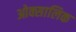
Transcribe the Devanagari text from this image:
ओक्सालिक